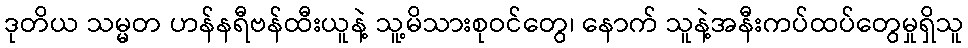
ဒုတိယ သမ္မတ ဟန်နရီဗန်ထီးယူနဲ့ သူ့မိသားစုဝင်တွေ၊ နောက် သူနဲ့အနီးကပ်ထပ်တွေမှုရှိသူ